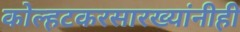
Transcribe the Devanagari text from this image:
कोल्हटकरसारख्यांनीही